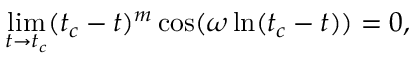
\operatorname* { l i m } _ { t \to t _ { c } } ( t _ { c } - t ) ^ { m } \cos ( \omega \ln ( t _ { c } - t ) ) = 0 ,